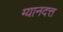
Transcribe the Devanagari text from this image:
ग्यानदत्त